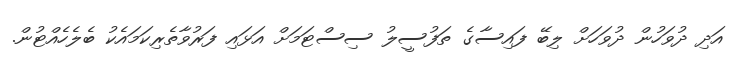
އަދި ދުވަހުން ދުވަހަށް ލިބޭ ފައިސާގެ ތަފުސީލު ސިސްޓަމަށް އަޅައި ފަރުވާތެރިކަމައެކު ބެލެހެއްޓުން.